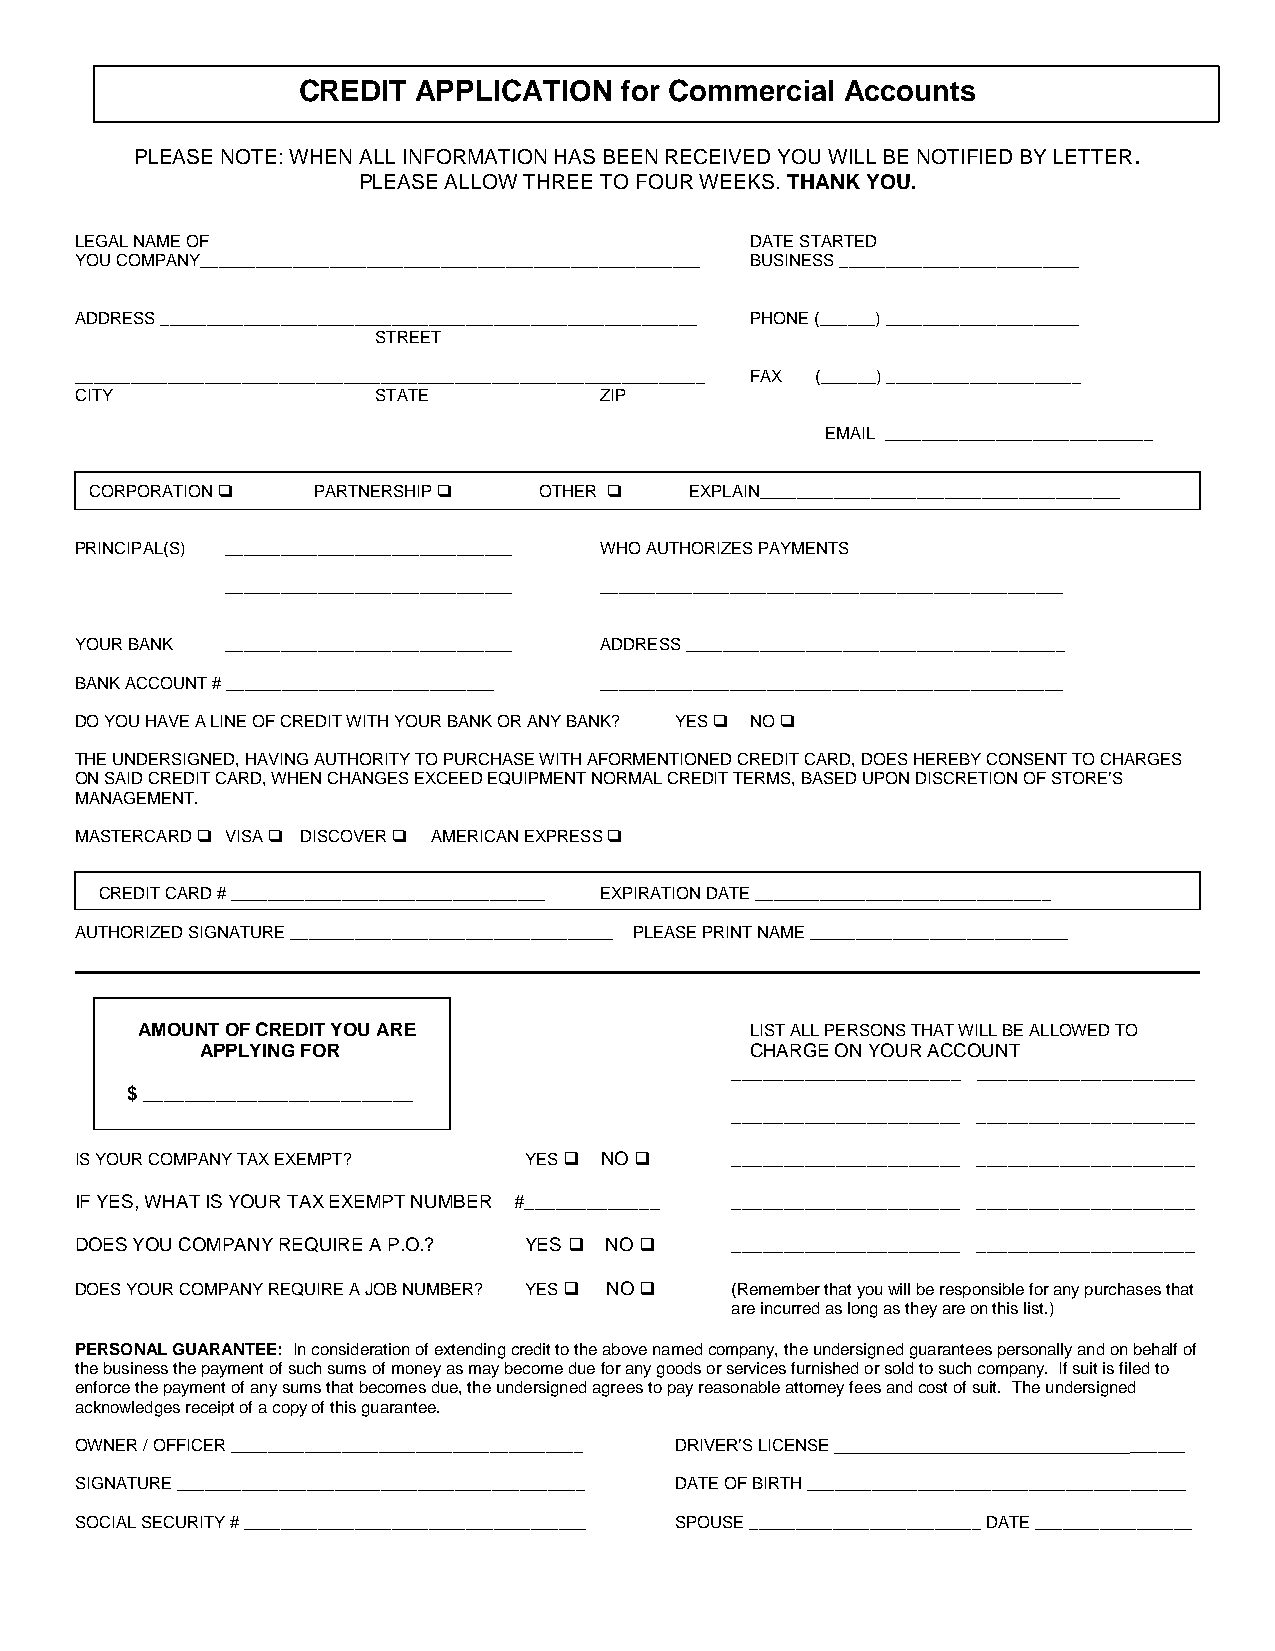
CREDIT  APPLICATION  for Commercial Accounts
 PLEASE NOTE: WHEN ALL INFORMATION HAS BEEN RECEIVED YOU WILL BE NOTIFIED BY LETTER.
 PLEASE ALLOW THREE TO FOUR WEEKS. THANK YOU.
 LEGAL NAME OF                                DATE STARTED
 YOU COMPANY______________________________________________________ BUSINESS __________________________
 ADDRESS __________________________________________________________ PHONE (______) _____________________
 STREET
 ____________________________________________________________________ FAX (______) _____________________
 CITY                STATE          ZIP
 EMAIL _____________________________
 CORPORATION   PARTNERSHIP   OTHER    EXPLAIN_______________________________________
 PRINCIPAL(S) _______________________________ WHO AUTHORIZES PAYMENTS
 _______________________________ __________________________________________________
 YOUR BANK _______________________________ ADDRESS _________________________________________
 BANK ACCOUNT # _____________________________ __________________________________________________
 DO YOU HAVE A LINE OF CREDIT WITH YOUR BANK OR ANY BANK? YES  NO 
 THE UNDERSIGNED, HAVING AUTHORITY TO PURCHASE WITH AFORMENTIONED CREDIT CARD, DOES HEREBY CONSENT TO CHARGES
 ON SAID CREDIT CARD, WHEN CHANGES EXCEED EQUIPMENT NORMAL CREDIT TERMS, BASED UPON DISCRETION OF STORE’S
 MANAGEMENT.
 MASTERCARD  VISA  DISCOVER  AMERICAN EXPRESS 
 CREDIT CARD # __________________________________ EXPIRATION DATE ________________________________
 AUTHORIZED SIGNATURE ___________________________________ PLEASE PRINT NAME ____________________________
 AMOUNT OF CREDIT YOU ARE                 LIST ALL PERSONS THAT WILL BE ALLOWED TO
 APPLYING FOR                         CHARGE ON YOUR ACCOUNT
 ______________________ _____________________
 $ __________________________
 ______________________ _____________________
 IS YOUR COMPANY TAX EXEMPT?   YES  NO    ______________________ _____________________
 IF YES, WHAT IS YOUR TAX EXEMPT NUMBER #_____________ ______________________ _____________________
 DOES YOU COMPANY REQUIRE A P.O.? YES  NO  ______________________ _____________________
 DOES YOUR COMPANY REQUIRE A JOB NUMBER? YES  NO  (Remember that you will be responsible for any purchases that
 are incurred as long as they are on this list.)
 PERSONAL GUARANTEE: In consideration of extending credit to the above named company, the undersigned guarantees personally and on behalf of
 the business the payment of such sums of money as may become due for any goods or services furnished or sold to such company. If suit is filed to
 enforce the payment of any sums that becomes due, the undersigned agrees to pay reasonable attorney fees and cost of suit. The undersigned
 acknowledges receipt of a copy of this guarantee.
 OWNER / OFFICER ______________________________________ DRIVER’S LICENSE ______________________________________
 SIGNATURE ____________________________________________ DATE OF BIRTH _________________________________________
 SOCIAL SECURITY # _____________________________________ SPOUSE _________________________ DATE _________________